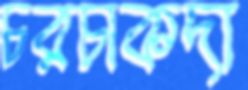
চরচাকদা